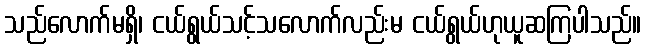
သည်လောက်မရှိ၊ ငယ်ရွယ်သင့်သလောက်လည်းမ ငယ်ရွယ်ဟုယူဆကြပါသည်။